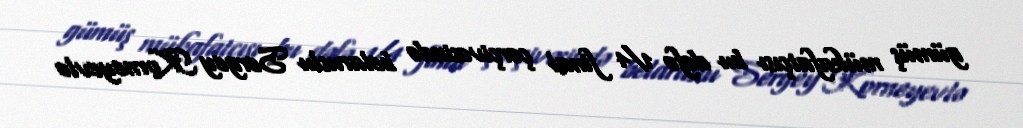
gümüş mükafatçısı bu dəfə 1/4 final çərçivəsində belaruslu Sergey Korneyevlə